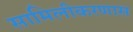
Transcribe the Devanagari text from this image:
सामिलीकरणास